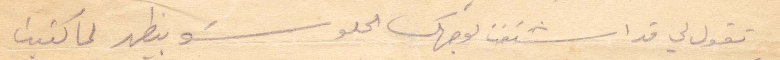
تقول لي قد اشتقت بوجهك الحلو شو بيظهر لما كتبت